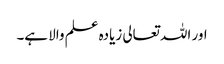
اور اللہ تعالی زیادہ علم والا ہے۔